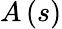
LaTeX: A\left(s\right)